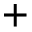
+